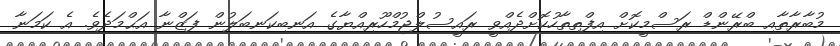
މުބާރާތާއި ބްރޭންޑް ރަސްމީކޮށް އިފްތިތާހުކޮށްދެއްވީ ރައީސުލްޖުމްހޫރިއްޔާގެ އަނބިކަނބަލުން ފަޒްނާ އަޙްމަދެވެ. އެ ކަމަނާ